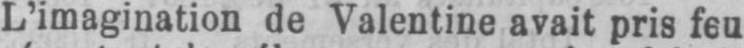
L’imagination de Valentine avait pris feu